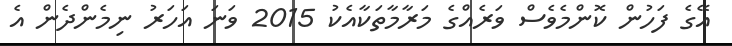
އޭގެ ފަހުން ކޮންމެވެސް ވަރެއްގެ މަރާމާތަކާއެކު 2015 ވަނަ އަހަރު ނިމެންދެން އެ